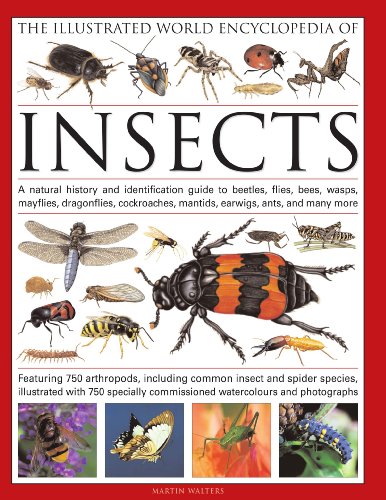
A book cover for The Illustrated World Encyclopedia of Insects: A natural history and identification guide to beetles, flies, bees wasps, springtails, mayflies, ... crickets, bugs, grasshoppers, fleas, spide; Martin Walters; Science & Math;